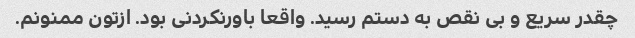
چقدر سریع و بی نقص به دستم رسید. واقعا باورنکردنی بود. ازتون ممنونم.